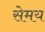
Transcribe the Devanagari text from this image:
सेमय